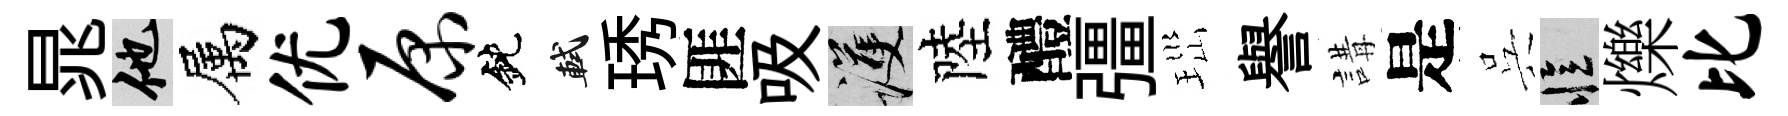
晁他属优原鈍軾琇匪吸護陸醴彊𤤼譽講是呉忆爍比